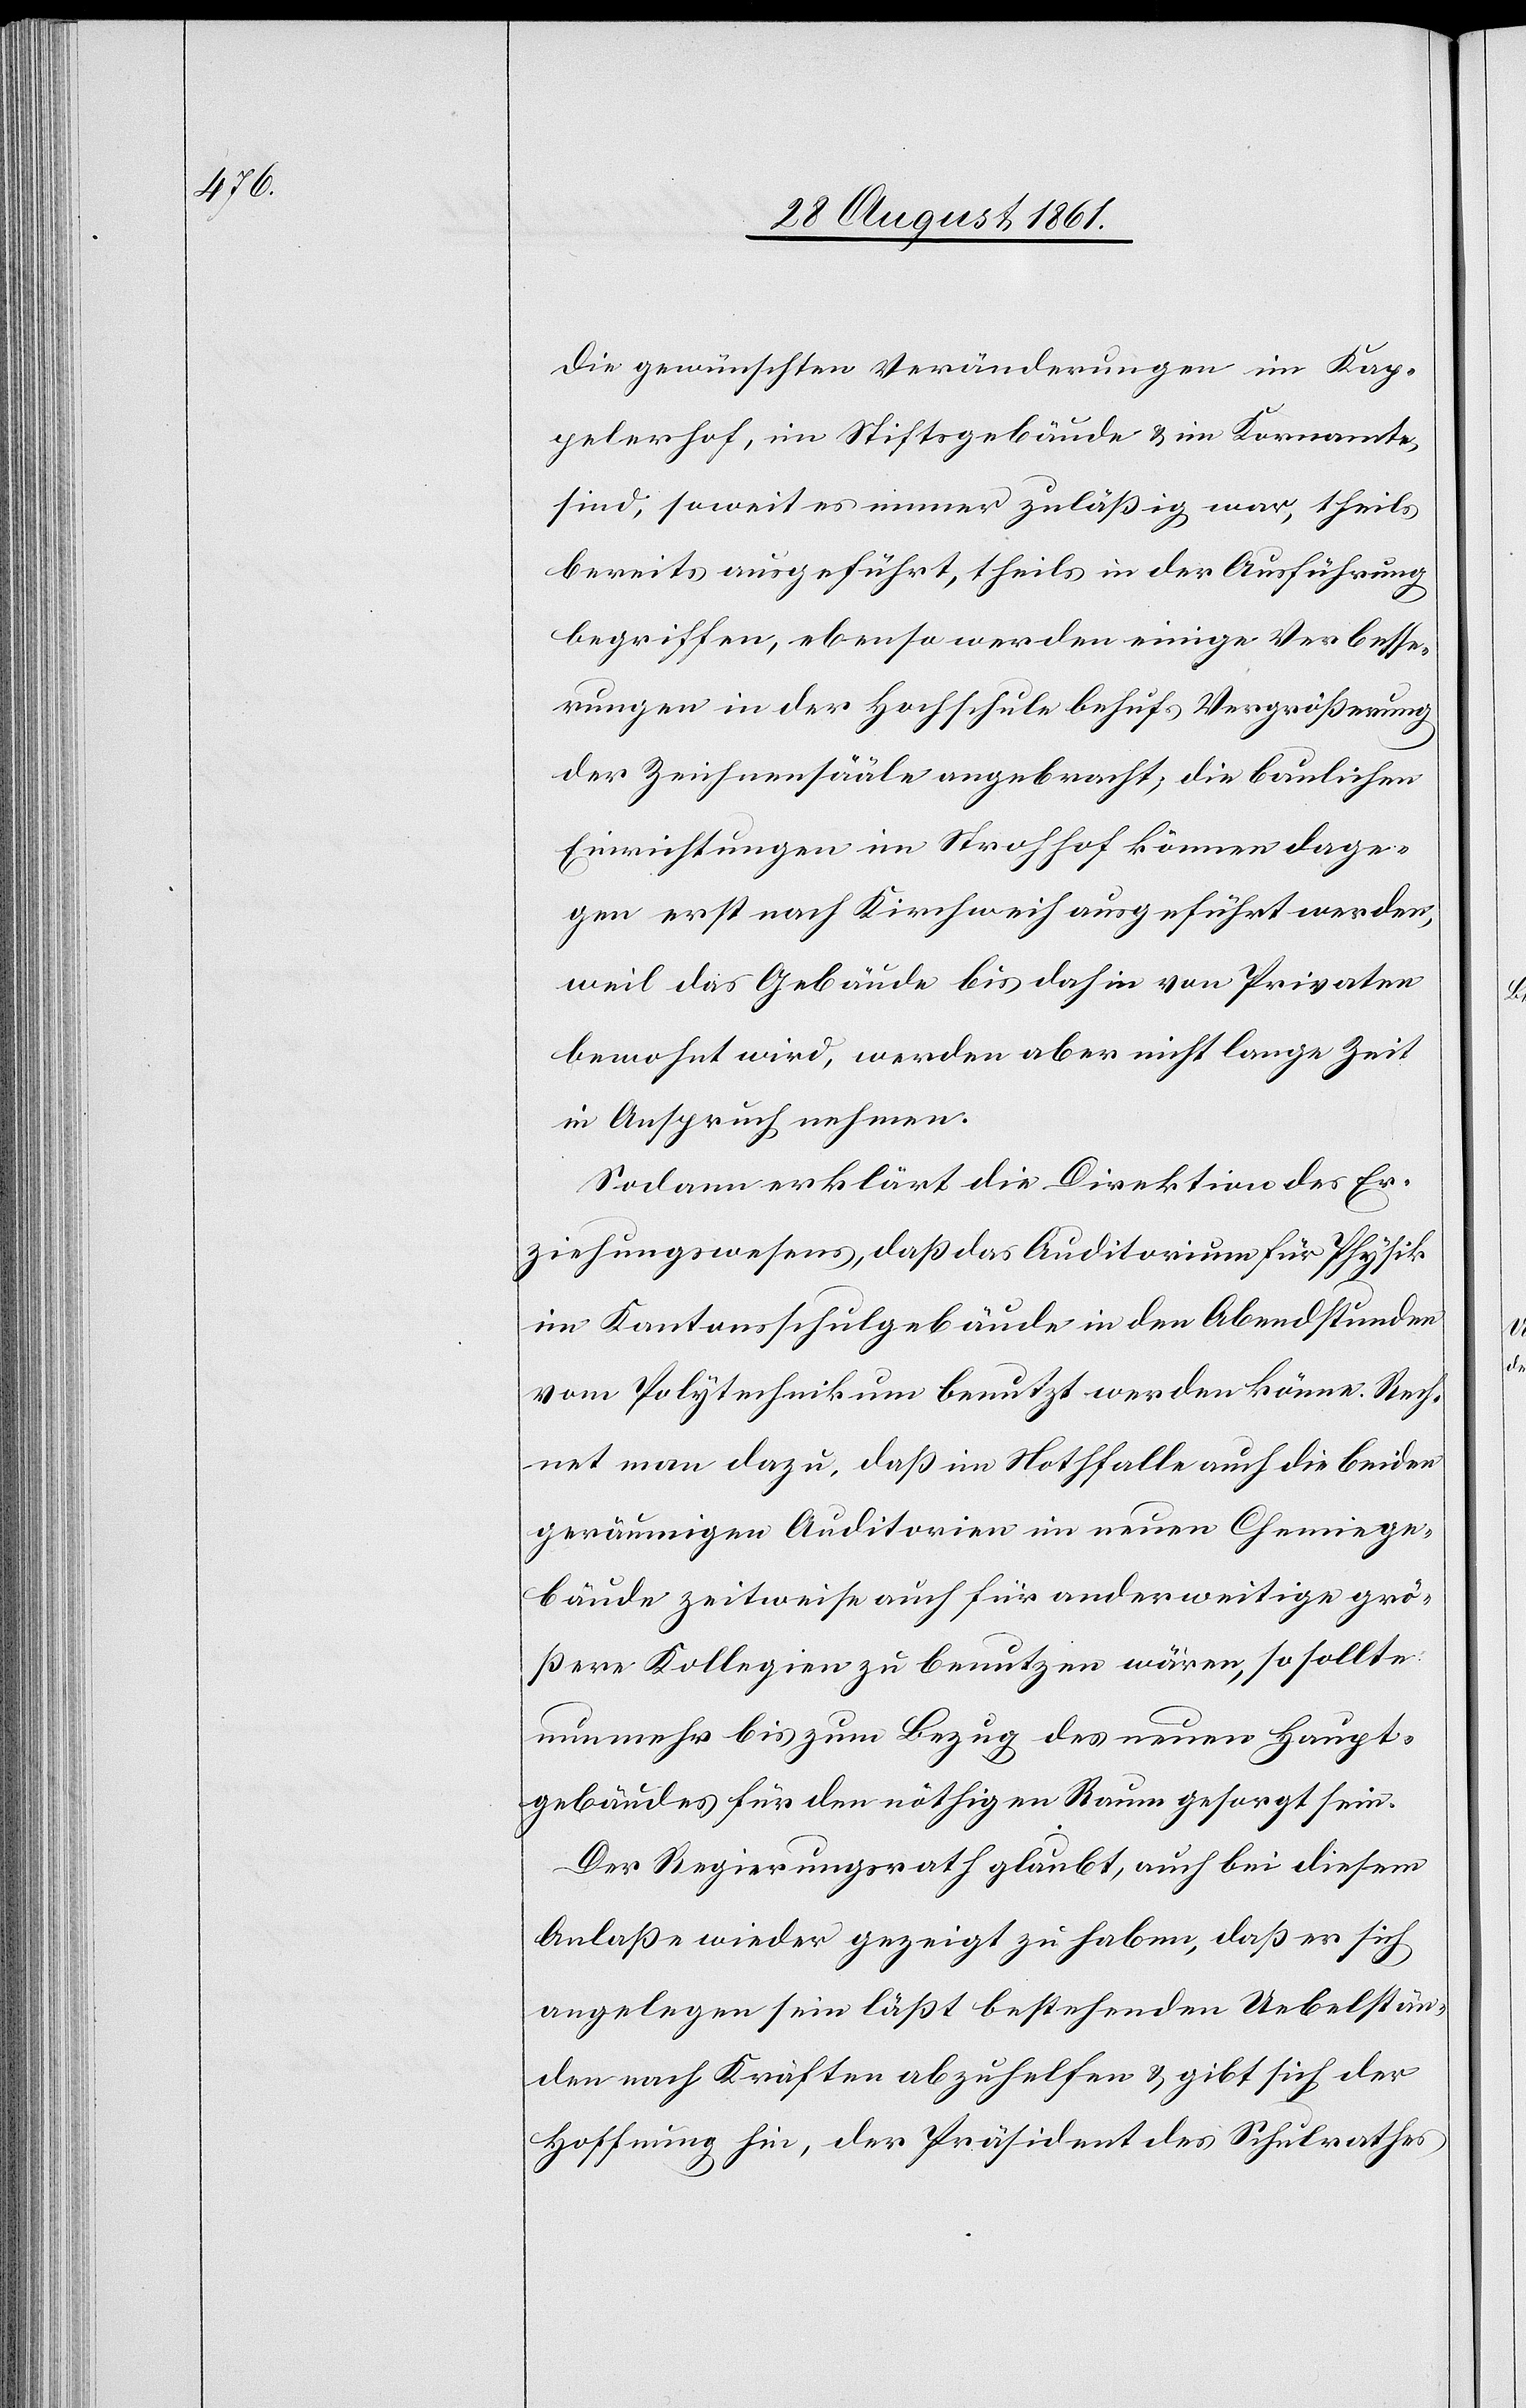
Die gewünschten Veränderungen im Kap¬
pelerhof, im Stiftsgebäude u. im Kornamte
sind, soweit es immer zuläßig war, theils
bereits ausgeführt, theils in der Ausführung
begriffen, ebenso werden einige Verbesse¬
rungen in der Hochschule behufs Vergrößerung
der Zeichnensääle angebracht, die baulichen
Einrichtungen im Strohhof können dage¬
gen erst nach Kirchweih ausgeführt werden,
weil das Gebäude bis dahin von Privaten
bewohnt wird, werden aber nicht lange Zeit
in Anspruch nehmen.
Sodann erklärt die Direktion des Er¬
ziehungswesens, daß das Auditorium für Physik
im Kantonsschulgebäude in den Abendstunden
vom Polytechnikum benutzt werden könne. Rech¬
net man dazu, daß im Nothfalle auch die beiden
geräumigen Auditorien im neuen Chemiege¬
bäude zeitweise auch für anderweitige grö¬
ßere Kollegien zu benutzen wären, so sollte
nunmehr bis zum Bezug des neuen Haupt¬
gebäudes für den nöthigen Raum gesorgt sein.
Der Regierungsrath glaubt, auch bei diesem
Anlaß wieder gezeigt zu haben, daß er sich
angelegen sein läßt bestehenden Uebelstän¬
den nach Kräften abzuhelfen u. gibt sich der
Hoffnung hin, der Präsident des Schulrathes